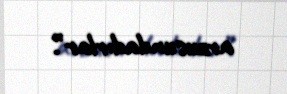
arzusundadırlar”.